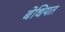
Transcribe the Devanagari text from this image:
बेधियत